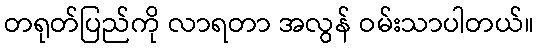
တရုတ်ပြည်ကို လာရတာ အလွန် ဝမ်းသာပါတယ်။